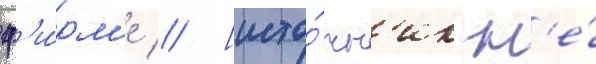
ф'и́рм'е // [исто́чн'ик н'е́